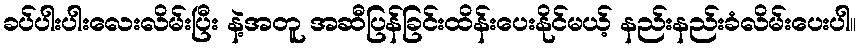
ခပ်ပါးပါးလေးလိမ်းပြီး နဲ့အတူ အဆီပြန်ခြင်းထိန်းပေးနိုင်မယ့် နည်းနည်းခံလိမ်းပေးပါ။